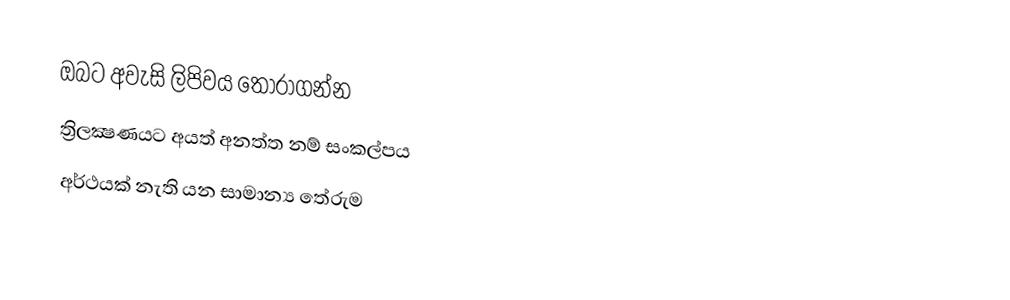
ඔබට අවැසි ලිපිවය තෝරාගන්න
 ත්‍රිලක්‍ෂණයට අයත් අනත්ත නම් සංකල්පය
 අර්ථයක් නැති යන සාමාන්‍ය තේරුම